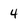
Character: 4